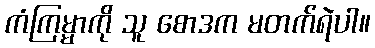
ကံကြမ္မာကို သူ စောဒက မတက်ရဲပါ။